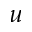
u